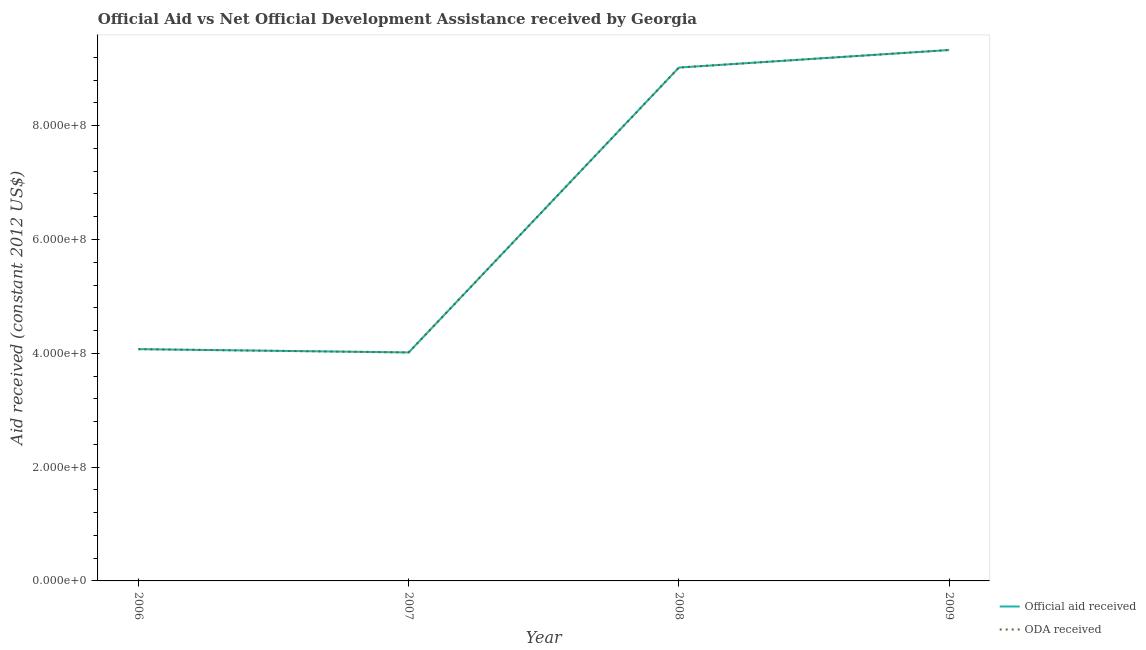
| Year | Official aid received | ODA received |
 | --- | --- | --- |
 | 2006 | 4.07e+08 | 4.07e+08 |
 | 2007 | 4.02e+08 | 4.02e+08 |
 | 2008 | 9.02e+08 | 9.02e+08 |
 | 2009 | 9.33e+08 | 9.33e+08 |